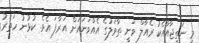
މި ނަތީޖާއާއެކު ރެއާލް ވަނީ ތާވަލުގެ އެއްވަނައަށް އަރާފަ އެވެ. ކުޅުނު ހަތަރު